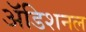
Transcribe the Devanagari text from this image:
अॅडिशनल